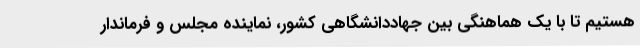
هستیم تا با یک هماهنگی بین جهاددانشگاهی کشور، نماینده مجلس و فرماندار